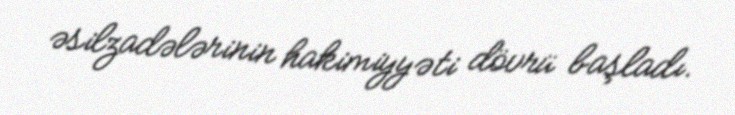
əsilzadələrinin hakimiyyəti dövrü başladı.